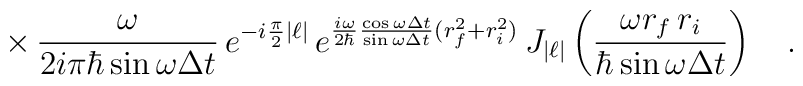
\times\,\frac{\omega}{2i\pi\hbar\sin\omega\Delta t}\,e^{-i\frac{\pi}{2}|\ell|}\,e^{\frac{i\omega}{2\hbar}\frac{\cos\omega\Delta t}{\sin\omega\Delta t}(r^2_f+r^2_i)}\,J_{|\ell|}\left(\frac{\omega r_f\,r_i}{\hbar\sin\omega\Delta t}\right)\ \ \ .